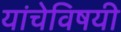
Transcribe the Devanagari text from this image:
यांचेविषयी